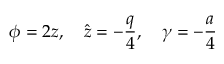
\phi = 2 z , ~ ~ ~ \hat { z } = - \frac { q } { 4 } , ~ ~ ~ \gamma = - \frac { a } { 4 }